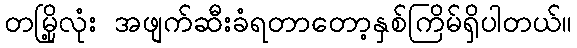
တမြို့လုံး အဖျက်ဆီးခံရတာတော့နှစ်ကြိမ်ရှိပါတယ်။